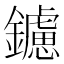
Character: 鑢